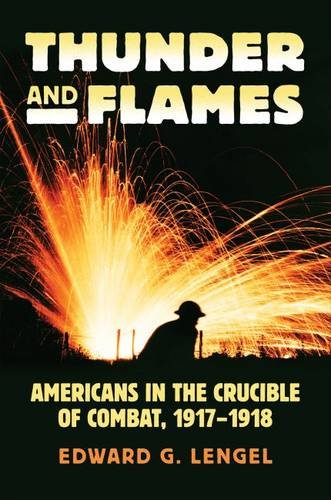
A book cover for Thunder and Flames: Americans in the Crucible of Combat, 1917-1918 (Modern War Studies); Edward G. Lengel; History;